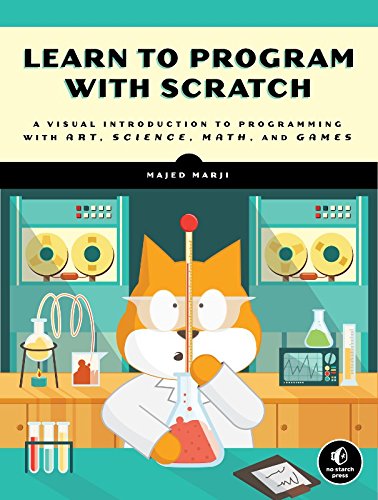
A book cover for Learn to Program with Scratch: A Visual Introduction to Programming with Games, Art, Science, and Math; Majed Marji; Humor & Entertainment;